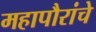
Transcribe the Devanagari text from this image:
महापौरांचे